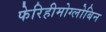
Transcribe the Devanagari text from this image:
फेरिहीमोग्लोबिन